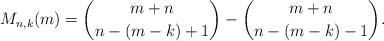
LaTeX: \begin{align*}M_{n,k}(m)=\dbinom{m+n}{n-(m-k)+1}-\dbinom{m+n}{n-(m-k)-1}.\end{align*}